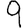
Digit: 9